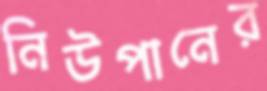
নিউপানের